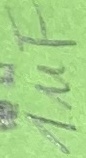
Text: 1uF